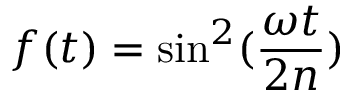
f ( t ) = \sin ^ { 2 } ( \frac { { \omega } t } { 2 n } )